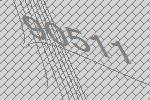
90511